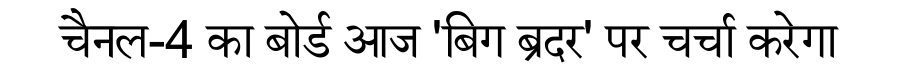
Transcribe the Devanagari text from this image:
चैनल-4 का बोर्ड आज 'बिग ब्रदर' पर चर्चा करेगा